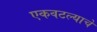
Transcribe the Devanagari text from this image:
एकवटल्याचे